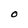
Character: O